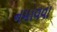
નમાવવા